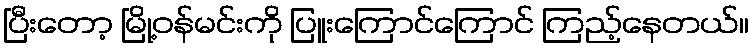
ပြီးတော့ မြို့ဝန်မင်းကို ပြူးကြောင်ကြောင် ကြည့်နေတယ်။